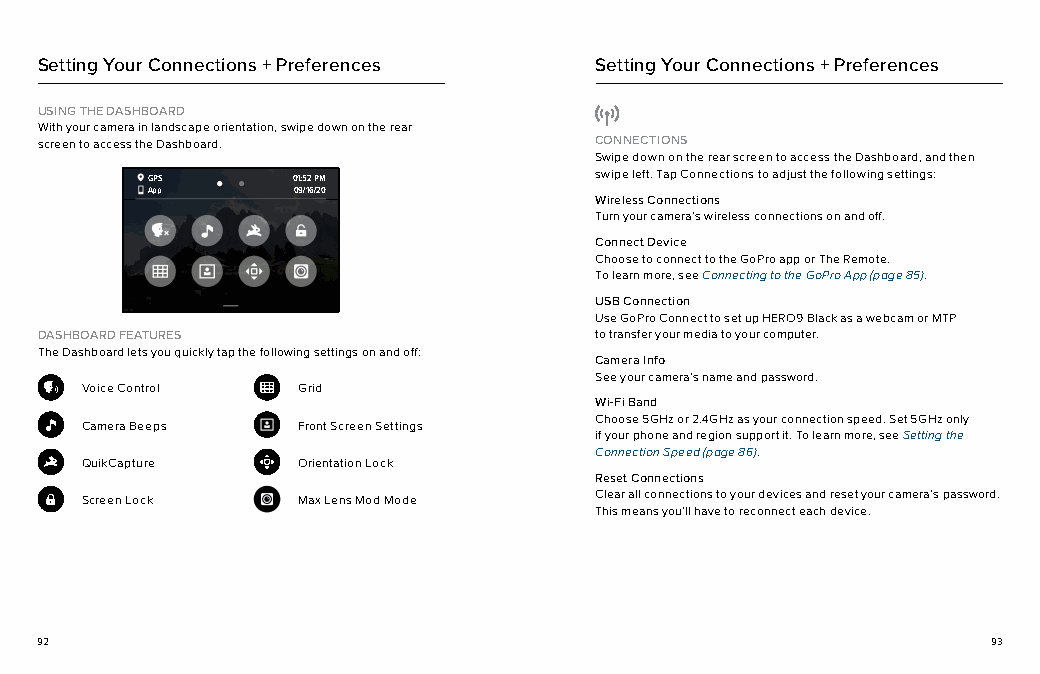
Setting Your Connections + Preferences Setting Your Connections + Preferences
 USING THE DASHBOARD
 With your camera in landscape orientation, swipe down on the rear
 screen to access the Dashboard.      CONNECTIONS
 Swipe down on the rear screen to access the Dashboard, and then
 GPS01:52 AM 01:52 PM         swipe left. Tap Connections to adjust the following settings:
 App03/29/20 09/16/20
 Wireless Connections
 Turn your camera’s wireless connections on and off.
 Connect Device
 Choose to connect to the GoPro app or The Remote.
 To learn more, see Connecting to the GoPro App (page 85).
 USB Connection
 Use GoPro Connect to set up HERO9 Black as a webcam or MTP
 DASHBOARD FEATURES                   to transfer your media to your computer.
 The Dashboard lets you quickly tap the following settings on and off:
 Camera Info
 See your camera’s name and password.
 Voice Control  Grid
 Wi-Fi Band
 Choose 5GHz or 2.4GHz as your connection speed. Set 5GHz only
 Camera Beeps   Front Screen Settings
 if your phone and region support it. To learn more, see Setting the
 Connection Speed (page 86).
 QuikCapture    Orientation Lock
 Reset Connections
 Screen Lock    Max Lens Mod Mode  Clear all connections to your devices and reset your camera’s password.
 This means you’ll have to reconnect each device.
 92                                                              93